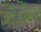
કોડીયા